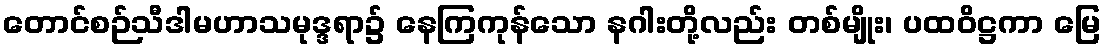
တောင်စဉ်သီဒါမဟာသမုဒ္ဒရာ၌ နေကြကုန်သော နဂါးတို့လည်း တစ်မျိုး၊ ပထဝိဋ္ဌကာ မြေ